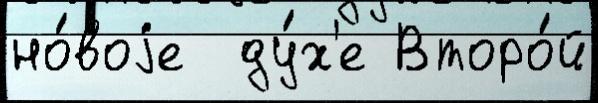
но́воjе  ду́х'е Второ́й